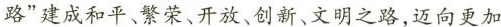
路”建成和平、繁荣、开放、创新、文明之路，迈向更加